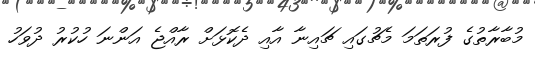
މުބާރާތުގެ ފުރަތަމަ މެޗުގައި ޗައިނާ އާއި ދެކޮޅަށް ރާއްޖެ އަންނަ ހުކުރު ދުވަހު